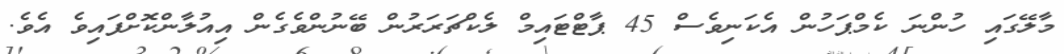
މާލޭގައި ހުންނަ ކެމްޕަހުން އެކަނިވެސް 45 ޕާޓްޓައިމް ލެކްޗަރަރުން ބޭނުންވެގެން އިއުލާންކޮށްފައިވެ އެވެ.